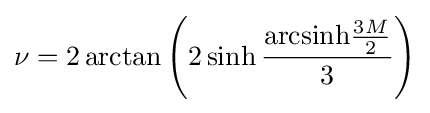
\nu =2\arctan \left(2\sinh {\frac {\mathrm {arcsinh} {\frac {3M}{2}}}{3}}\right)